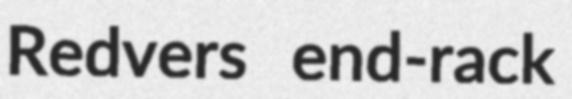
Redvers end-rack